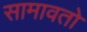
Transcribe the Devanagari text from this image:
सामावतो